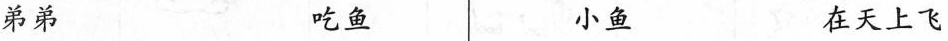
弟弟 吃鱼 小鱼 在天上飞